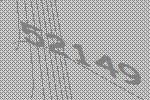
52149